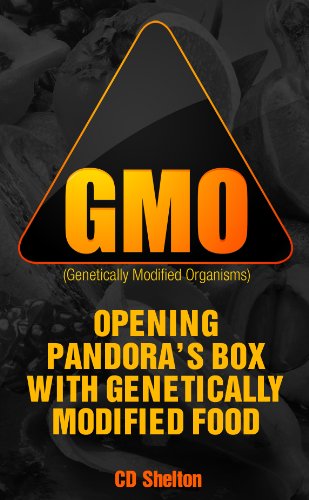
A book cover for Genetically Modified Organisms: Opening Pandora's Box with Genetically Modified Food; C.D. Shelton; Health, Fitness & Dieting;